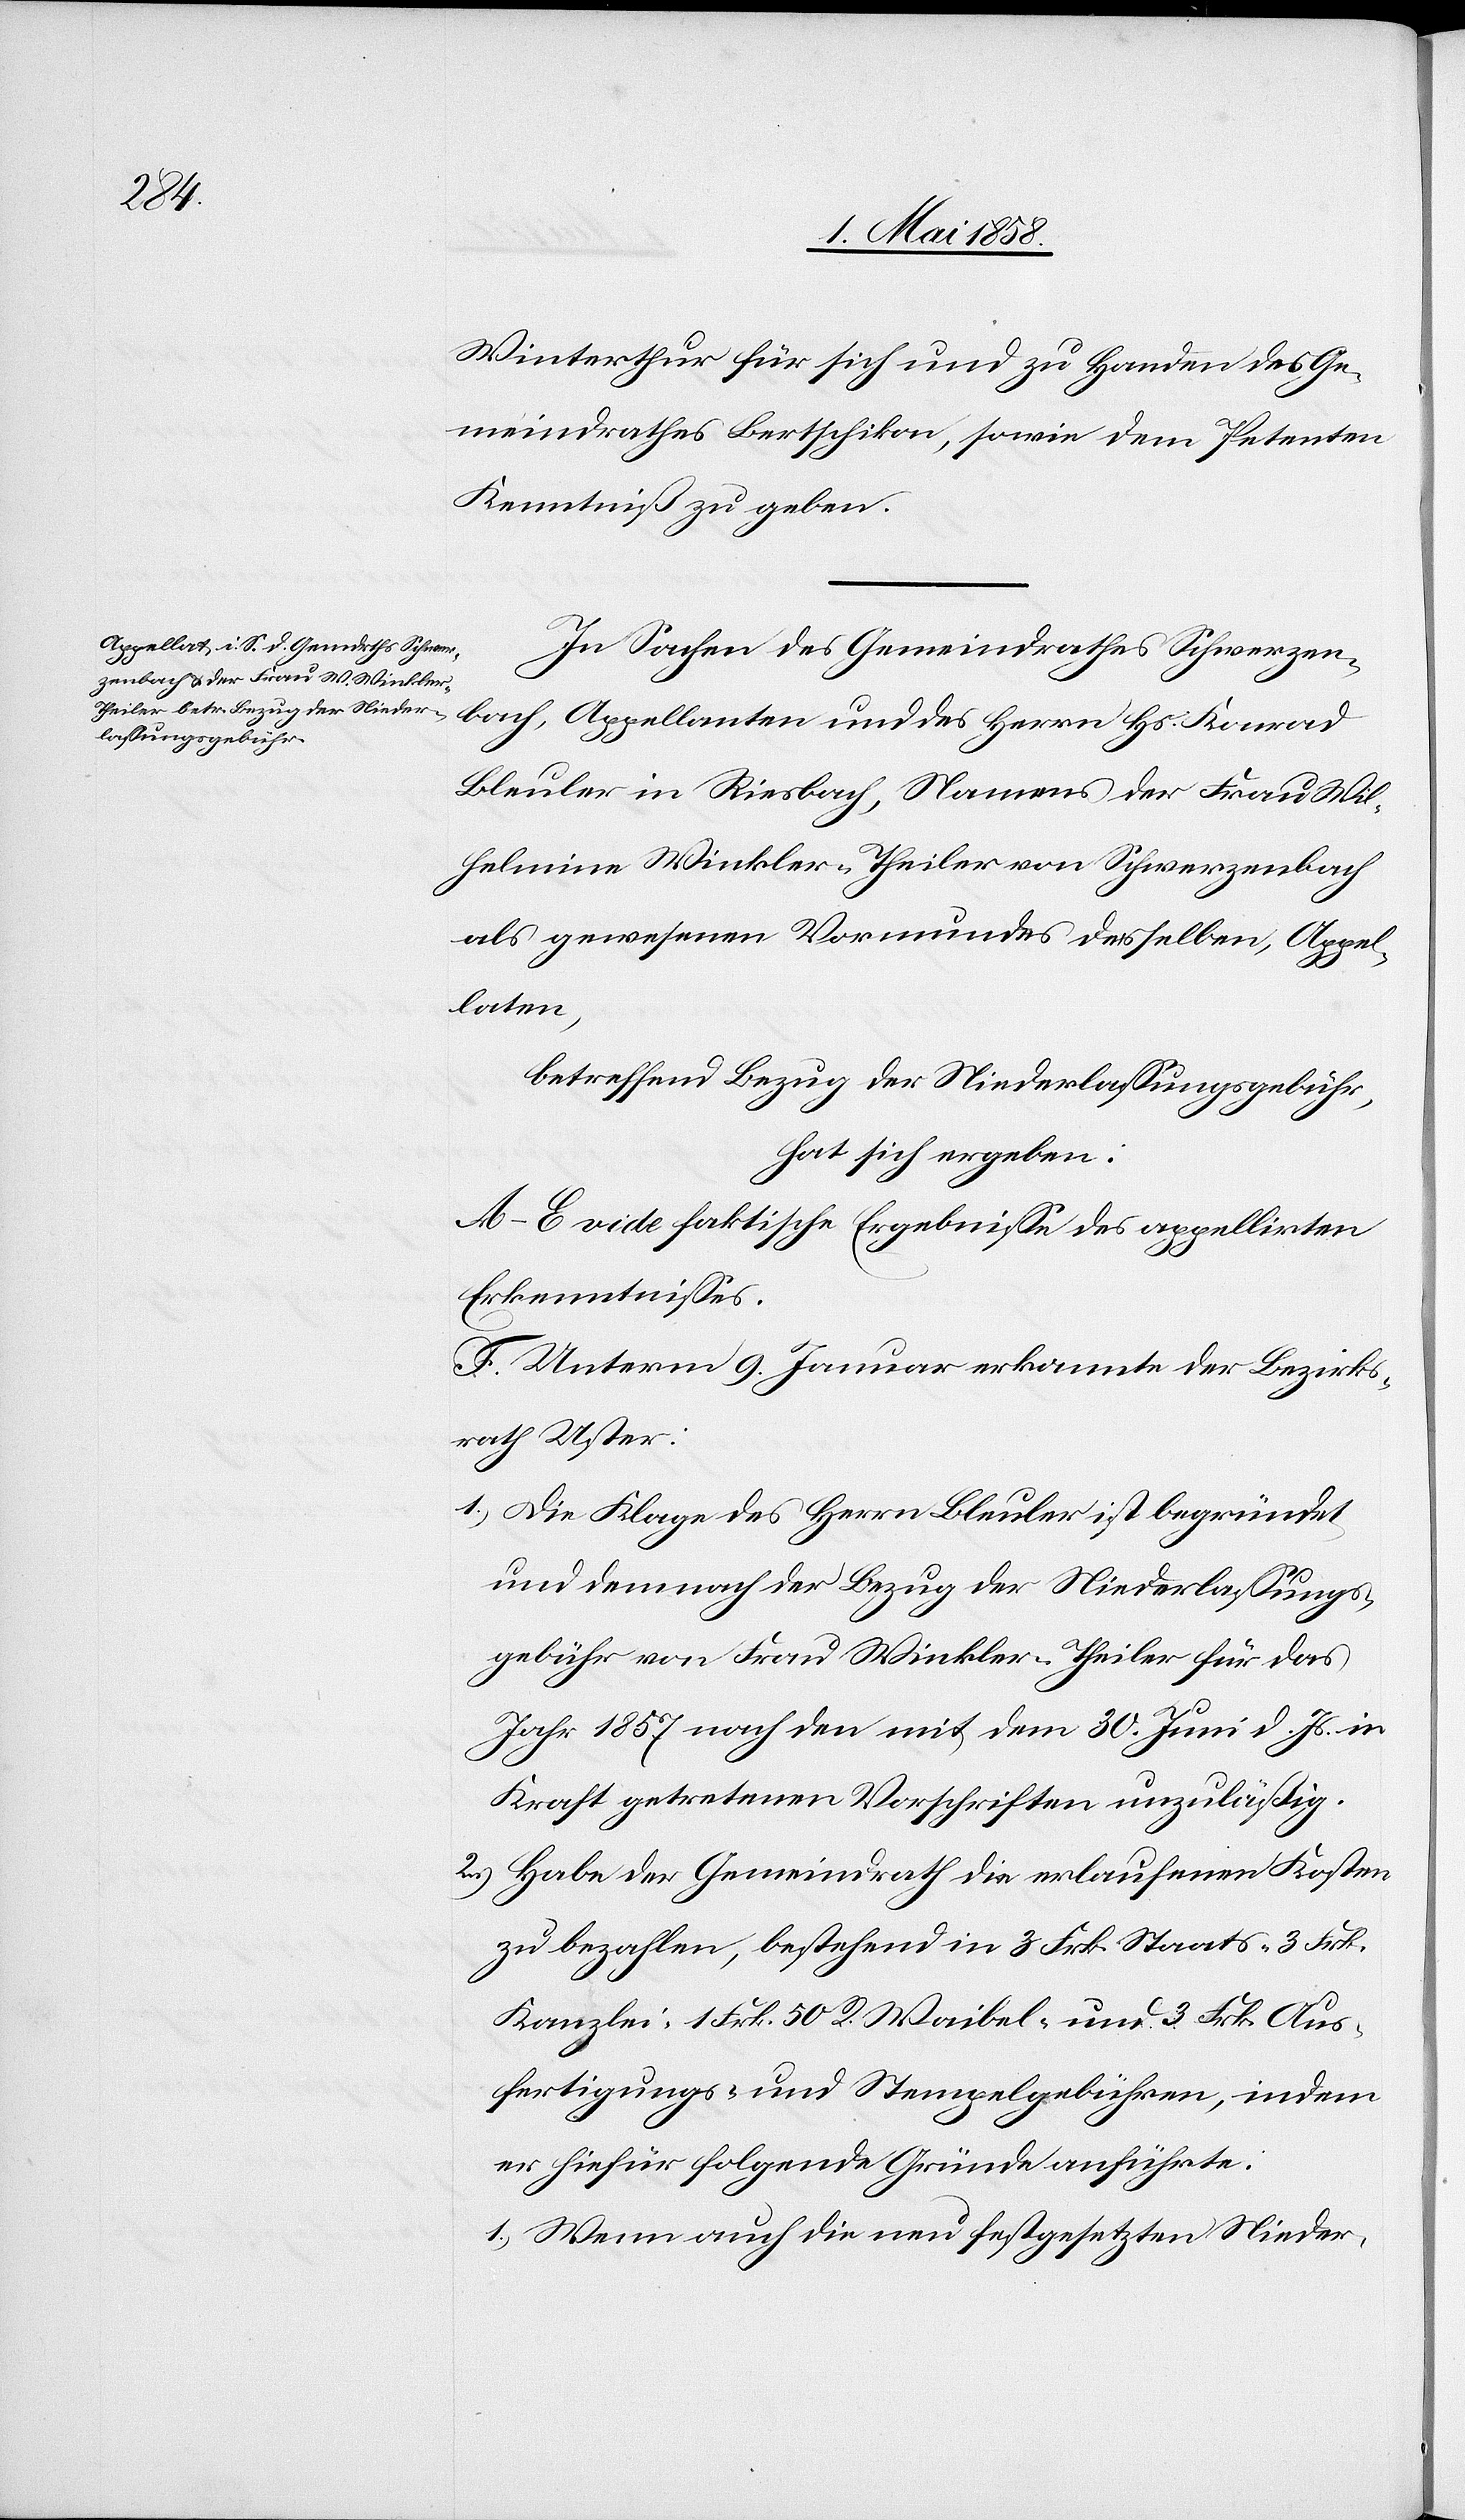
Winterthur für sich und zu Handen des Ge¬
meindrathes Bertschikon, sowie dem Petenten
Kenntniß zu geben.
In Sachen des Gemeindrathes Schwerzen¬
bach, Appellanten und des Herrn Hs. Konrad
Bleuler in Riesbach, Namens der Frau Wil¬
helmine Winkler-Theiler von Schwerzenbach
als gewesenen Vormundes desselben, Appel¬
laten,
betreffend Bezug der Niederlassungsgebühr,
hat sich ergeben:
A–E vide faktische Ergebnisse des appellirten
Erkenntnisses.
F. Unterm 9. Januar erkannte der Bezirks¬
rath Uster:
1. Die Klage des Herrn Bleuler ist begründet
und demnach der Bezug der Niederlassungs¬
gebühr von Frau Winkler-Theiler für das
Jahr 1857 nach den mit dem 30. Juni d. Js. in
Kraft getretenen Vorschriften unzuläßig.
2. Habe der Gemeindrath die erlaufenen Kosten
zu bezahlen, bestehend in 3 Frk. Staats-[,] 3 Frk.
Kanzlei-[,] 1 Frk 50 Rp. Waibel- und 3 Frk. Aus¬
fertigungs- und Stempelgebühren, indem
er hiefür folgende Gründe anführte:
1) Wenn auch die neu festgesetzten Nieder-